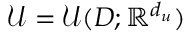
\mathcal { U } = \mathcal { U } ( D ; \mathbb { R } ^ { d _ { u } } )